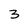
Character: 3